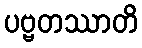
ပဗ္ဗတဿာတိ